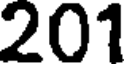
201